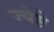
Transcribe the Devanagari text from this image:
ज्येष्ठे